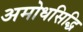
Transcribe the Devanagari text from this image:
अमोधसिद्धि